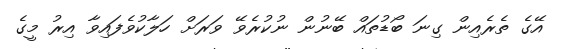
އޭގެ ތެރެއިން ގިނަ ބޯޑުތައް ބޭނުން ނުކުރެވޭ ވަރަށް ހަލާކުވެފައިވާ އިރު މީގެ